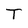
Character: T